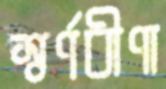
স্বর্ণবীণা